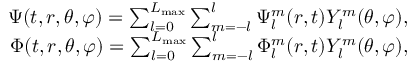
\begin{array} { r } { \Psi ( t , r , \theta , \varphi ) = \sum _ { l = 0 } ^ { L _ { \mathrm { m a x } } } \sum _ { m = - l } ^ { l } { \Psi _ { l } ^ { m } ( r , t ) Y _ { l } ^ { m } ( \theta , \varphi ) } , } \\ { \Phi ( t , r , \theta , \varphi ) = \sum _ { l = 0 } ^ { L _ { \mathrm { m a x } } } \sum _ { m = - l } ^ { l } { \Phi _ { l } ^ { m } ( r , t ) Y _ { l } ^ { m } ( \theta , \varphi ) } , } \end{array}